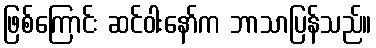
ဖြစ်ကြောင်း ဆင်ဝါးနော်က ဘာသာပြန်သည်။